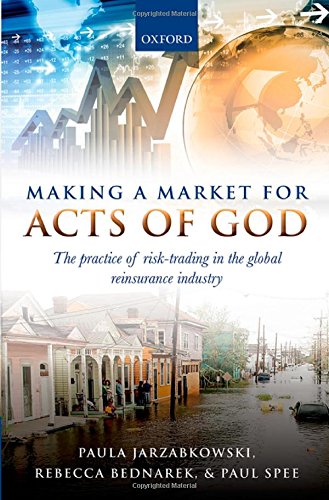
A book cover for Making a Market for Acts of God: The Practice of Risk Trading in the Global Reinsurance Industry; Paula Jarzabkowski; Business & Money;